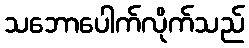
သဘောပေါက်လိုက်သည်